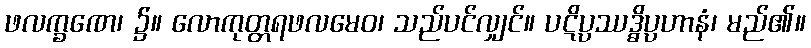
ဖလက္ခဏေ၊ ၌။ လောကုတ္တရဖလမေဝ၊ သည်ပင်လျှင်။ ပဋိပ္ပဿဒ္ဓိပ္ပဟာနံ၊ မည်၏။